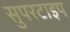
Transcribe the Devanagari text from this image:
सुपरटाइप